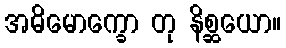
အဓိမောက္ခော တု နိစ္ဆယော။